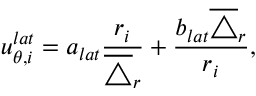
u _ { { \theta } , i } ^ { l a t } = a _ { l a t } \frac { r _ { i } } { \overline { { \triangle } } _ { r } } + \frac { b _ { l a t } \overline { { \triangle } } _ { r } } { r _ { i } } ,